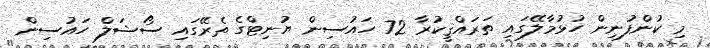
މި ކުންފުނިން ހުޅުމާލޭގައި ތަރައްޤީކުރާ 72 ހައުސިން ޔުނިޓްގެ ތެރޭގައި ސޯޝަލް ހައުސިން